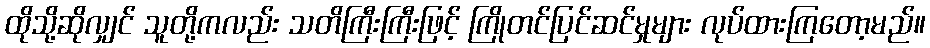
ထိုသို့ဆိုလျှင် သူတို့ကလည်း သတိကြီးကြီးဖြင့် ကြိုတင်ပြင်ဆင်မှုများ လုပ်ထားကြတော့မည်။